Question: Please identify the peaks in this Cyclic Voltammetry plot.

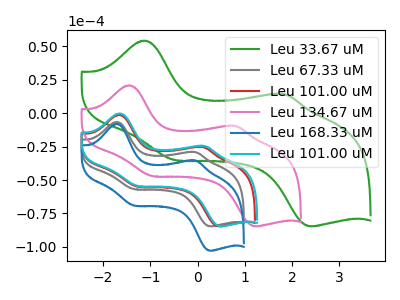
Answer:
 <answer>The green curve "Leu 33.67 uM" has anodic peaks at (-1.10V, 54.20uA) (1.85V, 14.15uA) and cathodic peaks at (-0.50V, -34.95uA) (2.45V, -84.60uA). The gray curve "Leu 67.33 uM" has anodic peaks at (-1.70V, -6.65uA) (-0.05V, -29.15uA) and cathodic peaks at (-1.35V, -56.75uA) (0.30V, -84.65uA). The red curve "Leu 101.00 uM" has anodic peaks at (-1.65V, -1.35uA) (0.10V, -25.35uA) and cathodic peaks at (-1.25V, -54.85uA) (0.50V, -84.65uA). The pink curve "Leu 134.67 uM" has anodic peaks at (-1.45V, 20.70uA) (0.80V, -9.65uA) and cathodic peaks at (-0.95V, -46.95uA) (1.25V, -84.60uA). The blue curve "Leu 168.33 uM" has anodic peaks at (-1.70V, -8.10uA) (-0.05V, -35.45uA) and cathodic peaks at (-1.35V, -68.95uA) (0.30V, -102.85uA). The cyan curve "Leu 101.00 uM" has anodic peaks at (-1.65V, -0.30uA) (0.15V, -24.60uA) and cathodic peaks at (-1.25V, -54.45uA) (0.50V, -84.65uA).</answer>
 <eval></eval>